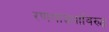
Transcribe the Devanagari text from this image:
रणगाड्यांविरुद्ध